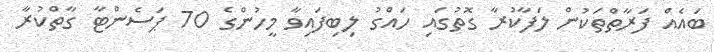
ބައެއް ފަރާތްތަކުން ލަފާކުރާ ގޮތުގައި ހައްގު ލިބިފައިވާ މީހުންގެ 70 ޕަސެންޓާ ގާތްކުރާ